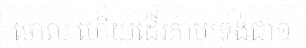
ចោល ហើយដើរតាមទ្រង់ជា១